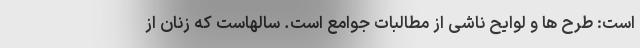
است: طرح ها و لوایح ناشی از مطالبات جوامع است. سالهاست که زنان از